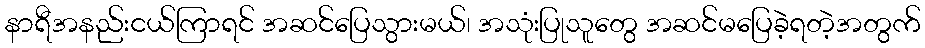
နာရီအနည်းငယ်ကြာရင် အဆင်ပြေသွားမယ်၊ အသုံးပြုသူတွေ အဆင်မပြေခဲ့ရတဲ့အတွက်